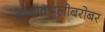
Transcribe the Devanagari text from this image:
इम्‍याक्‍युलीबरोबर